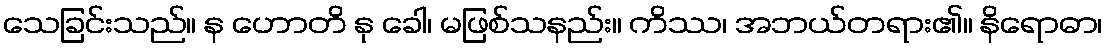
သေခြင်းသည်။ န ဟောတိ နု ခေါ၊ မဖြစ်သနည်း။ ကိဿ၊ အဘယ်တရား၏။ နိရောဓာ၊